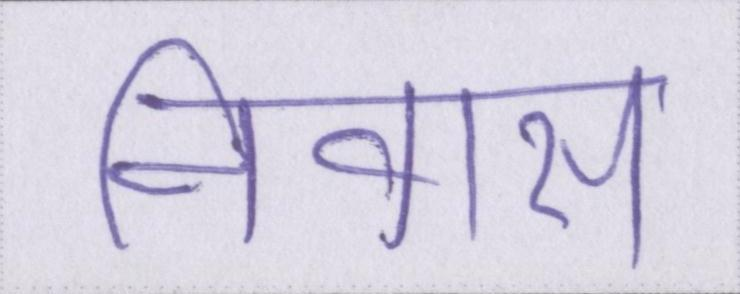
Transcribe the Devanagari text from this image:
निवास